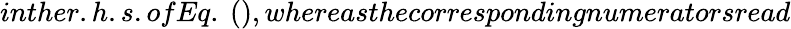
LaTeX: inther.h.s.ofEq.~(),whereasthecorrespondingnumeratorsread